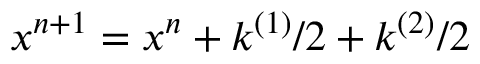
\boldsymbol { x } ^ { n + 1 } = \boldsymbol { x } ^ { n } + \boldsymbol { k } ^ { ( 1 ) } / 2 + \boldsymbol { k } ^ { ( 2 ) } / 2